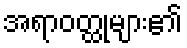
အရာဝတ္ထုများ၏